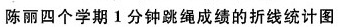
成立四个学期，一学期跳绳成绩的折线统计图